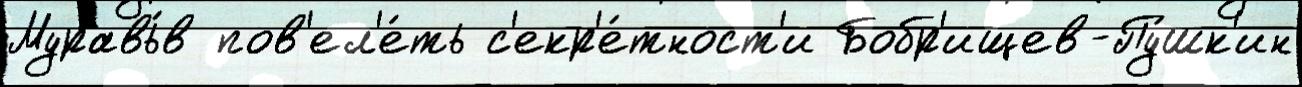
Муравь́в пов'ел'е́ть с'екр'е́тност'и Бобр'ищев-Пу́шк'ин